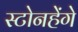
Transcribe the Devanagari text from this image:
स्टोनहेंगे